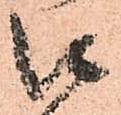
口